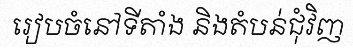
រៀបចំនៅទីតាំង និងតំបន់ជុំវិញ